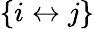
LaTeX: \{ i\leftrightarrow j\}